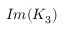
I m ( K _ { 3 } )